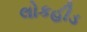
લોકહીડ